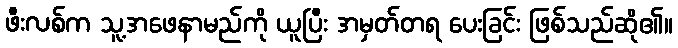
ဖီးလစ်က သူ့အဖေနာမည်ကို ယူပြီး အမှတ်တရ ပေးခြင်း ဖြစ်သည်ဆို၏။